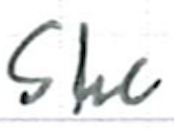
Text: she
Cross-out: clean
Writing tool: ballpoint